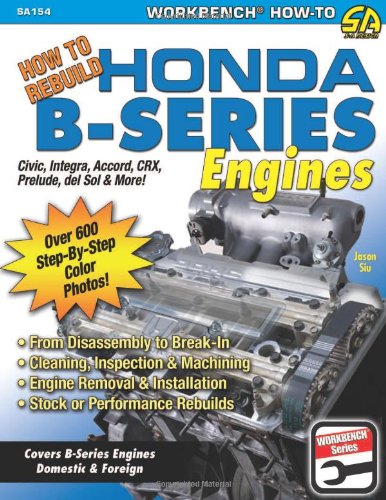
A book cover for How to Rebuild Honda B-Series Engines (S-A Design); Jason Siu; Engineering & Transportation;